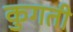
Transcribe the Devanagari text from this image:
कुगती